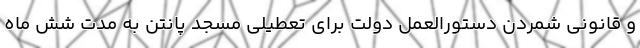
و قانونی شمردن دستورالعمل دولت برای تعطیلی مسجد پانتن به مدت شش ماه